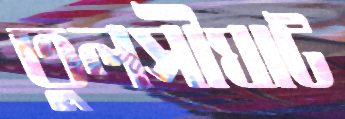
তুলসীঘাট